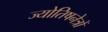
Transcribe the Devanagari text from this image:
ज्योतिषनेत्रों